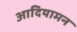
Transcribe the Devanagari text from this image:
आदियामन